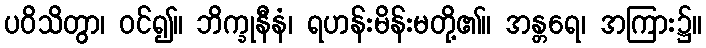
ပဝိသိတွာ၊ ဝင်၍။ ဘိက္ခုနီနံ၊ ရဟန်းမိန်းမတို့၏။ အန္တရေ၊ အကြား၌။